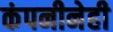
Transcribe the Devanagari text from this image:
कंपनीनेही